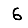
Digit: 6